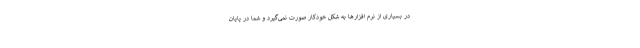
در بسیاری از نرم افزارها به شکل خودکار صورت نمی‌گیرد و شما در پایان